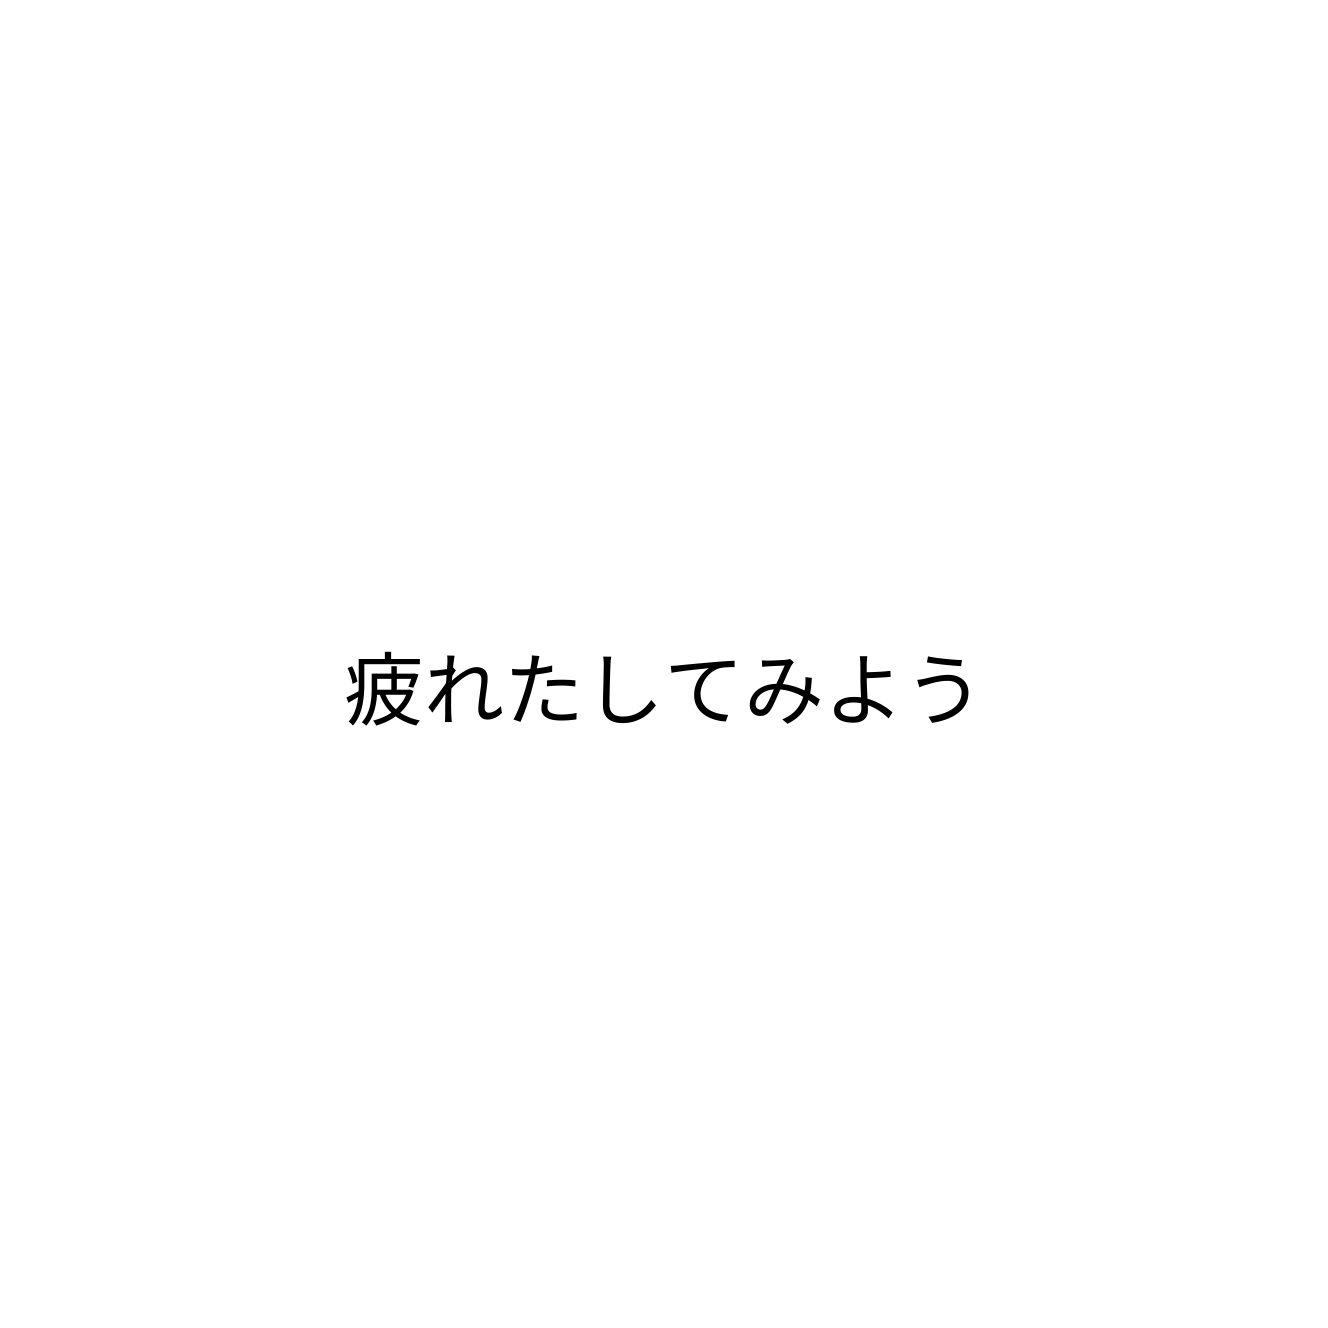
疲れたしてみよう